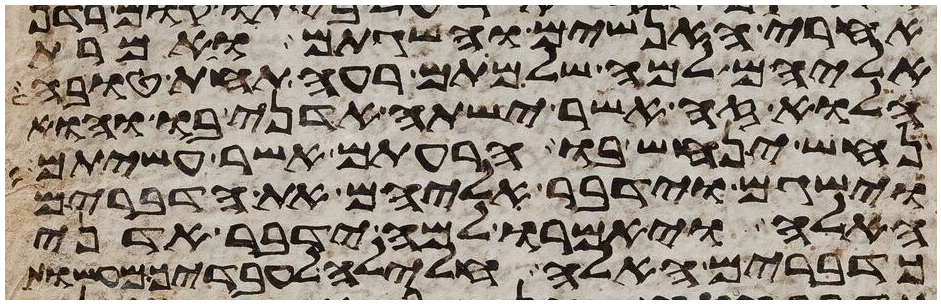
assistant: אחרי האנשים והשגתם ואמרת
אליהם למה שלמתם רעה תחת טובה
הלוא זה אשר ישתה אדני בו והוא
נחש ינחש בו הרעתם אשר עשיתם
וישגם וידבר אליהם את הדברים
האלה ויאמרו למה ידבר אדני
כדברים האלה חלילה לעבדיך מעשות